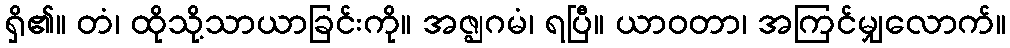
ရှိ၏။ တံ၊ ထိုသို့သာယာခြင်းကို။ အဇ္ဈဂမံ၊ ရပြီ။ ယာဝတာ၊ အကြင်မျှလောက်။